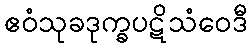
ဧဝံသုခဒုက္ခပဋိသံဝေဒီ